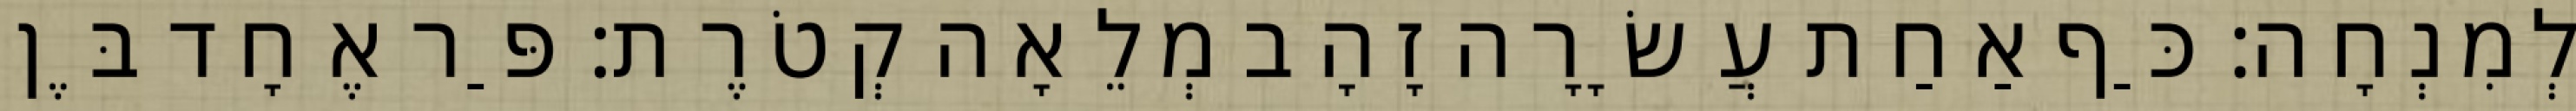
לְמִנְחָה׃ כַּף אַחַת עֲשָׂרָה זָהָב מְלֵאָה קְטֹרֶת׃ פַּר אֶחָד בֶּן